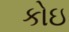
કોઇ